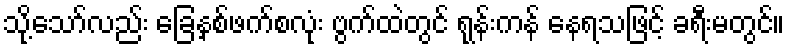
သို့သော်လည်း ခြေနှစ်ဖက်စလုံး ဗွက်ထဲတွင် ရုန်းကန် နေရသဖြင့် ခရီးမတွင်။